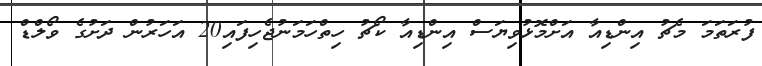
ފުރަތަމަ މެޗު އިންޑިއާ އަށްމޮޅުވިޔަސް އިންޑިއާ ކޯޗު ހިތްހަމަނުޖެހިފައި20 އަހަރުން ދަށުގެ ވޯލްޑް